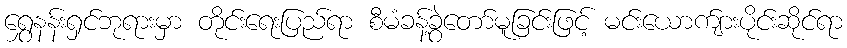
ရွှေနန်းရှင်ဘုရားမှာ တိုင်းရေးပြည်ရာ စီမံခန့်ခွဲတော်မူခြင်းဖြင့် မင်းယောက်ျားပိုင်းဆိုင်ရာ